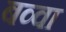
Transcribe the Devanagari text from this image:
बव्वा